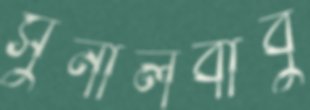
সুনীলবাবু